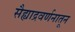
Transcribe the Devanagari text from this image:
सैह्याद्रवर्णनातून